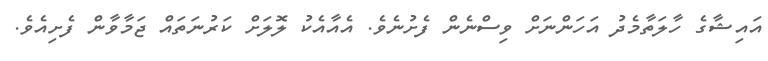
އައިޝާގެ ހާލަތާމެދު އަހަންނަށް ވިސްނެން ފެށުނެވެ. އެއާއެކު ލޮލަށް ކަރުނަތައް ޖަމާވާން ފެށިއެވެ.